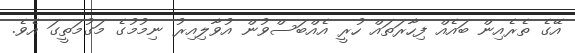
އޭގެ ތެރެއިން ބައެއް ފިހާރަތައް ހުރީ އެއްބަސްވުން އުވާލިއިރު ނިމުމުގެ މަގުމަތީގަ އެވެ.